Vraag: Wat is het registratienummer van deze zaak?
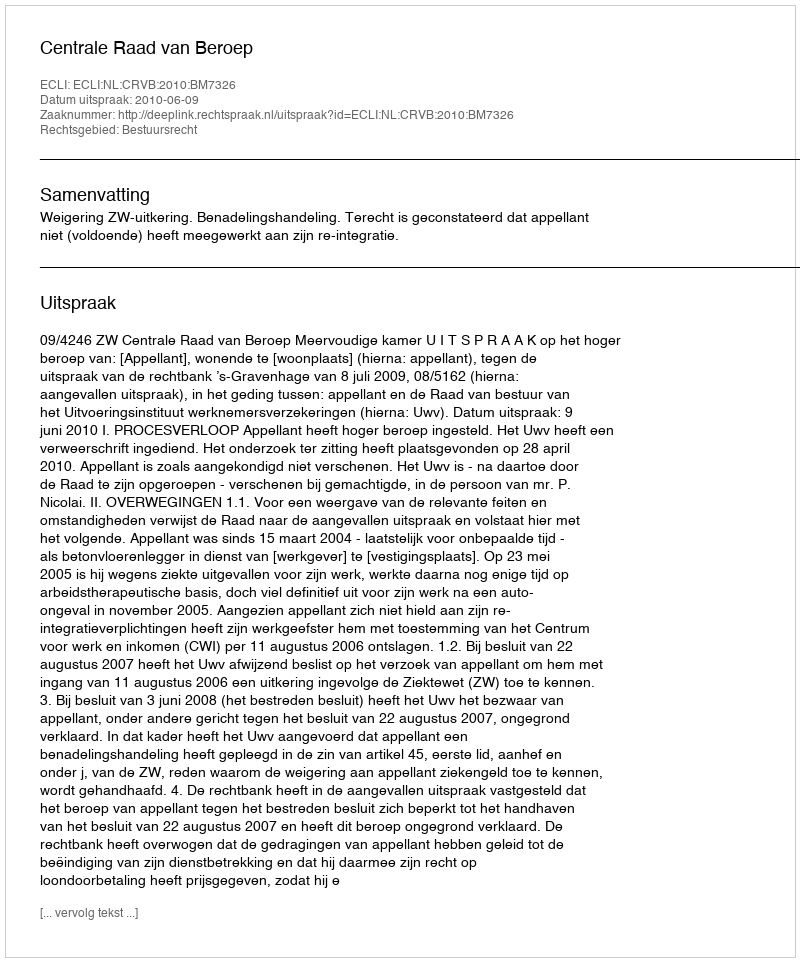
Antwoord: http://deeplink.rechtspraak.nl/uitspraak?id=ECLI:NL:CRVB:2010:BM7326